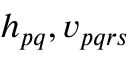
{ h } _ { p q } , { v } _ { p q r s }